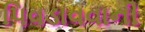
પિવડાવવાની